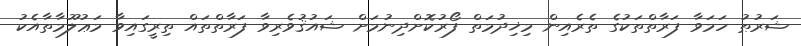
ޝަރުޠު ހަމަވާ ފަރާތްތަކުގެ ތެރެއިން މިޚިދުމަތް ފޯރުކޮށްދިނުމަށް ޝައުޤުވެރިވާ ފަރާތްތައް ތިރީގައިވާ މަޢުލޫމާތާއެކު